Scottish Leaving Certificate Examination, 1958
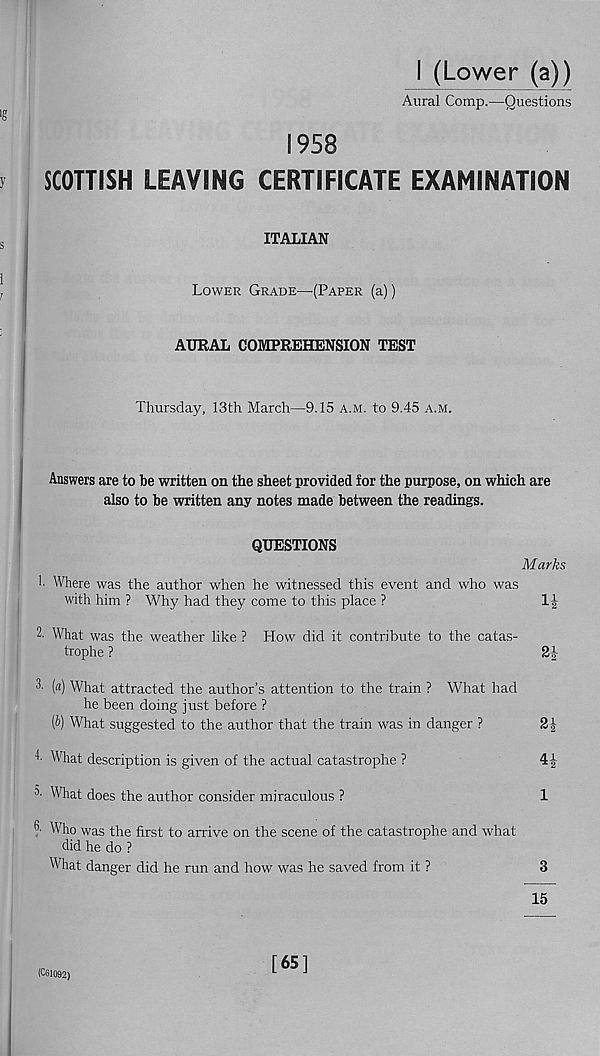
I (Lower (a))
Aural Comp.—Questions
S958
SCOTTISH LEAVING CERTIFICATE EXAMINATION
ITALIAN
Lower Grade—(Paper (a))
AURAL COMPREHENSION TEST
Thursday, 13th March—9.15 a.m. to 9.45 a.m.
Answers are to be written on the sheet provided for the purpose, on which are
also to be written any notes made between the readings.
QUESTIONS
1. Where was the author when he witnessed this event and who was
with him ? Why had they come to this place ?
2. What was the weather like ? How did it contribute to the catas-
trophe ?
(«) What attracted the author’s attention to the train ? What had
he been doing just before ?
[b) What suggested to the author that the train was in danger ?
What description is given of the actual catastrophe ?
5 ' What does the author consider miraculous ?
?■ Who was the first to arrive on the scene of the catastrophe and what
did he do ?
What danger did he run and how was he saved from it ?
Marks
n
21-
n
4i
15
(CGI092)
[65]